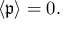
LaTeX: \left\langle { \mathfrak { p } } \right\rangle = 0 .